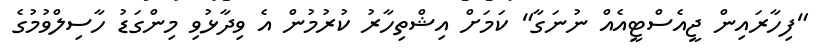
"ފިހާރައިން ޖީއެސްޓީއެއް ނުނަގާ" ކަމަށް އިޝްތިހާރު ކުރުމުން އެ ވިދާޅުވި މިންގަޑު ހާސިލްވުމުގެ